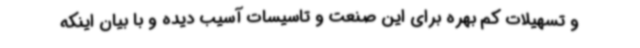
و تسهیلات کم بهره برای این صنعت و تاسیسات آسیب دیده و با بیان اینکه